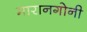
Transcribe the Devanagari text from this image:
मारानगोनी